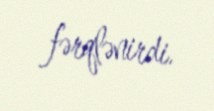
fərqlənirdi.